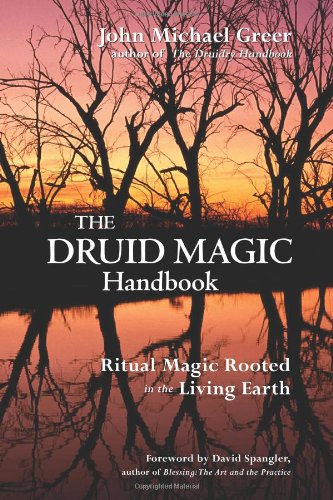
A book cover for The Druid Magic Handbook: Ritual Magic Rooted in the Living Earth; John Michael Greer; Religion & Spirituality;